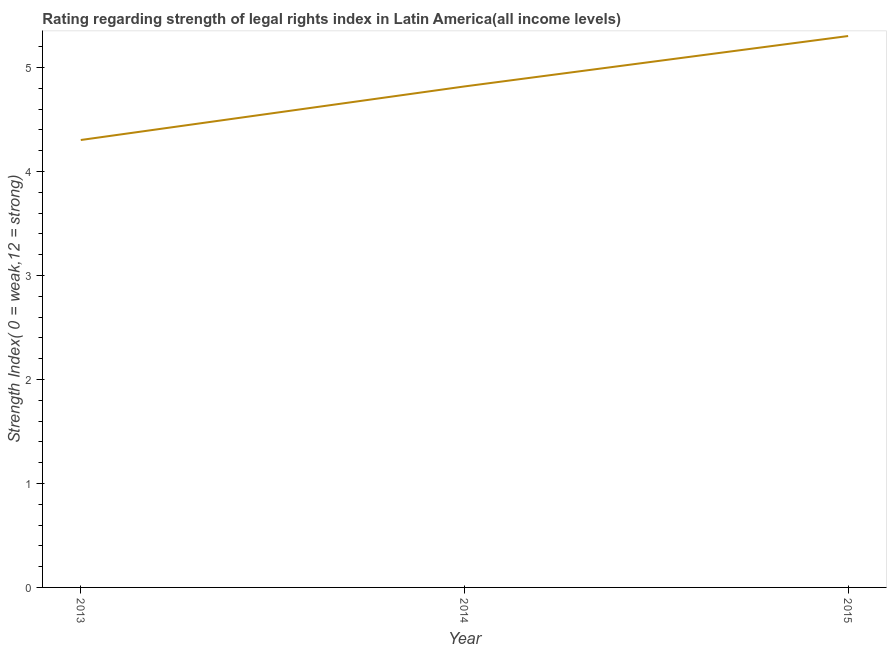
| Year | Strength of legal rights index |
 | --- | --- |
 | 2013 | 4.3 |
 | 2014 | 4.82 |
 | 2015 | 5.3 |